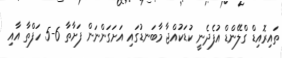
ތައިރޮއިޑް ގްލޭންޑް އުފެދެނީ ކުޑަކުއްޖާ މާބަނޑުގައި އަށަގަންނަން ފަށާތާ 6-5 ހަފްތާ އާއި